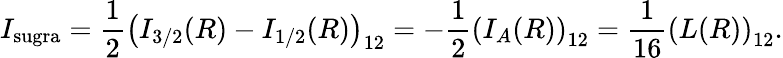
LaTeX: I_{\mathrm{sugra}}={\frac{1}{2}}\left(I_{3/2}(R)-I_{1/2}(R)\right)_{12}=-{\frac{1}{2}}\left(I_{A}(R)\right)_{12}={\frac{1}{16}}\left(L(R)\right)_{12}.